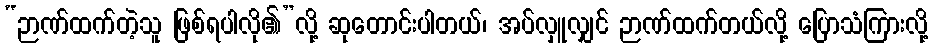
“ဉာဏ်ထက်တဲ့သူ ဖြစ်ရပါလို၏”လို့ ဆုတောင်းပါတယ်၊ အပ်လှူလျှင် ဉာဏ်ထက်တယ်လို့ ပြောသံကြားလို့